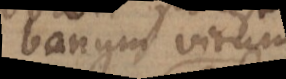
bonum virum